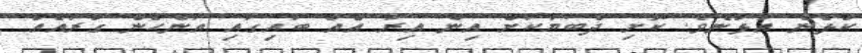
ކުޅެން އުޅުނެވެ. ކޮށި ދެބަޔަކަށް އިން އިރު އެއް ބައިގައި އަންހެން ގުރައެއް